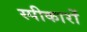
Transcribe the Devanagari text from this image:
स्पीकारों